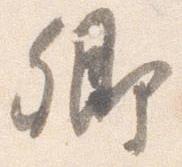
卿